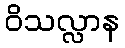
ဝိသလ္လာန